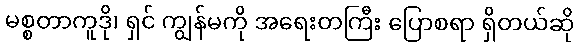
မစ္စတာကူဒို၊ ရှင် ကျွန်မကို အရေးတကြီး ပြောစရာ ရှိတယ်ဆို